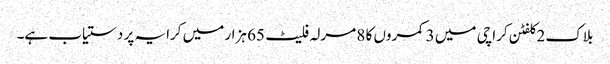
بلاک 2 کلفٹن کراچی میں 3 کمروں کا 8 مرلہ فلیٹ 65 ہزار میں کرایہ پر دستیاب ہے۔